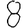
Digit: 8